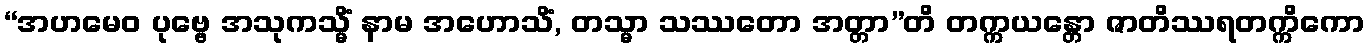
“အဟမေဝ ပုဗ္ဗေ အသုကသ္မိံ နာမ အဟောသိံ, တသ္မာ သဿတော အတ္တာ”တိ တက္ကယန္တော ဇာတိဿရတက္ကိကော